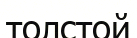
толстой